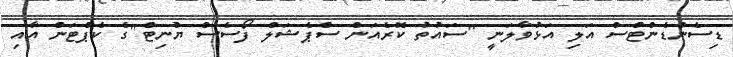
ޑިސެންޑެންޓްސް އަލި އަޅުވާލަނީ "ސައުތު ކޮރެއަން ސްޕެޝަލް ފޯސެސް ޔުނިޓް"ގެ ކެޕްޓަން އާއި